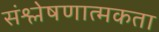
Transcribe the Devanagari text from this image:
संश्लेषणात्मकता